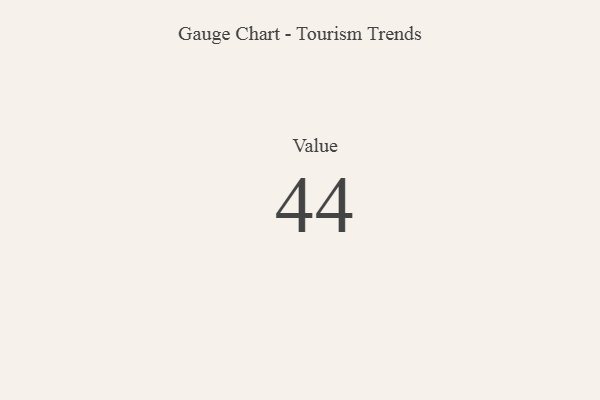
{"axis": {"x": "Metric", "y": "Value"}, "legend": [""], "data": [{"x": "Value", "y": 44, "type": ""}]}